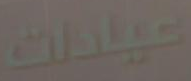
عيادات